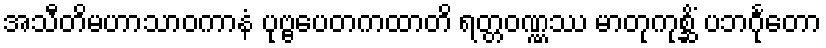
အသီတိမဟာသာဝကာနံ ပုဗ္ဗပေတကထာတိ ရတ္တဝဏ္ဏဿ မာတုကုစ္ဆိံ ပဘင်္ဂုတော